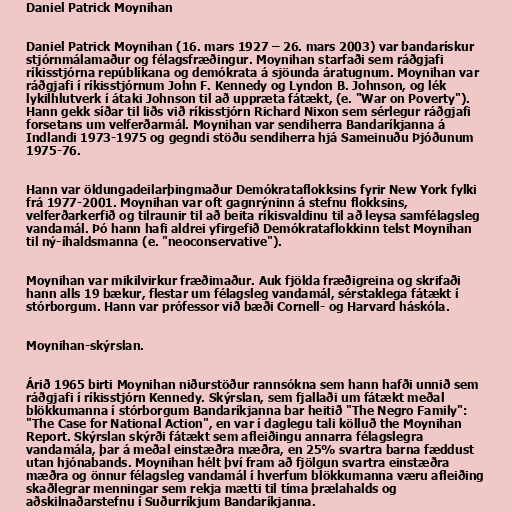
Daniel Patrick Moynihan

Daniel Patrick Moynihan (16. mars 1927 – 26. mars 2003) var bandarískur
stjórnmálamaður og félagsfræðingur. Moynihan starfaði sem ráðgjafi
ríkisstjórna repúblíkana og demókrata á sjöunda áratugnum. Moynihan var
ráðgjafi í ríkisstjórnum John F. Kennedy og Lyndon B. Johnson, og lék
lykilhlutverk í átaki Johnson til að uppræta fátækt, (e. "War on Poverty").
Hann gekk síðar til liðs við ríkisstjórn Richard Nixon sem sérlegur ráðgjafi
forsetans um velferðarmál. Moynihan var sendiherra Bandaríkjanna á
Indlandi 1973-1975 og gegndi stöðu sendiherra hjá Sameinuðu Þjóðunum
1975-76.

Hann var öldungadeilarþingmaður Demókrataflokksins fyrir New York fylki
frá 1977-2001. Moynihan var oft gagnrýninn á stefnu flokksins,
velferðarkerfið og tilraunir til að beita ríkisvaldinu til að leysa samfélagsleg
vandamál. Þó hann hafi aldrei yfirgefið Demókrataflokkinn telst Moynihan
til ný-íhaldsmanna (e. "neoconservative").

Moynihan var mikilvirkur fræðimaður. Auk fjölda fræðigreina og skrifaði
hann alls 19 bækur, flestar um félagsleg vandamál, sérstaklega fátækt í
stórborgum. Hann var prófessor við bæði Cornell- og Harvard háskóla.

Moynihan-skýrslan.

Árið 1965 birti Moynihan niðurstöður rannsókna sem hann hafði unnið sem
ráðgjafi í ríkisstjórn Kennedy. Skýrslan, sem fjallaði um fátækt meðal
blökkumanna í stórborgum Bandaríkjanna bar heitið "The Negro Family":
"The Case for National Action", en var í daglegu tali kölluð the Moynihan
Report. Skýrslan skýrði fátækt sem afleiðingu annarra félagslegra
vandamála, þar á meðal einstæðra mæðra, en 25% svartra barna fæddust
utan hjónabands. Moynihan hélt því fram að fjölgun svartra einstæðra
mæðra og önnur félagsleg vandamál í hverfum blökkumanna væru afleiðing
skaðlegrar menningar sem rekja mætti til tíma þrælahalds og
aðskilnaðarstefnu í Suðurríkjum Bandaríkjanna.